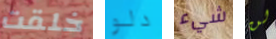
خلقت دلو شيء لن